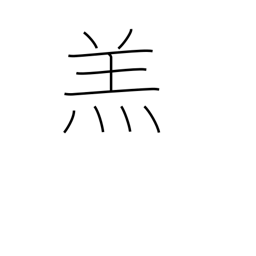
Meaning: lamb